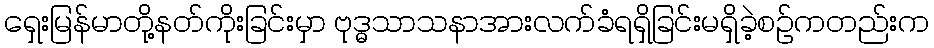
ရှေးမြန်မာတို့နတ်ကိုးခြင်းမှာ ဗုဒ္ဓသာသနာအားလက်ခံရရှိခြင်းမရှိခဲ့စဉ်ကတည်းက